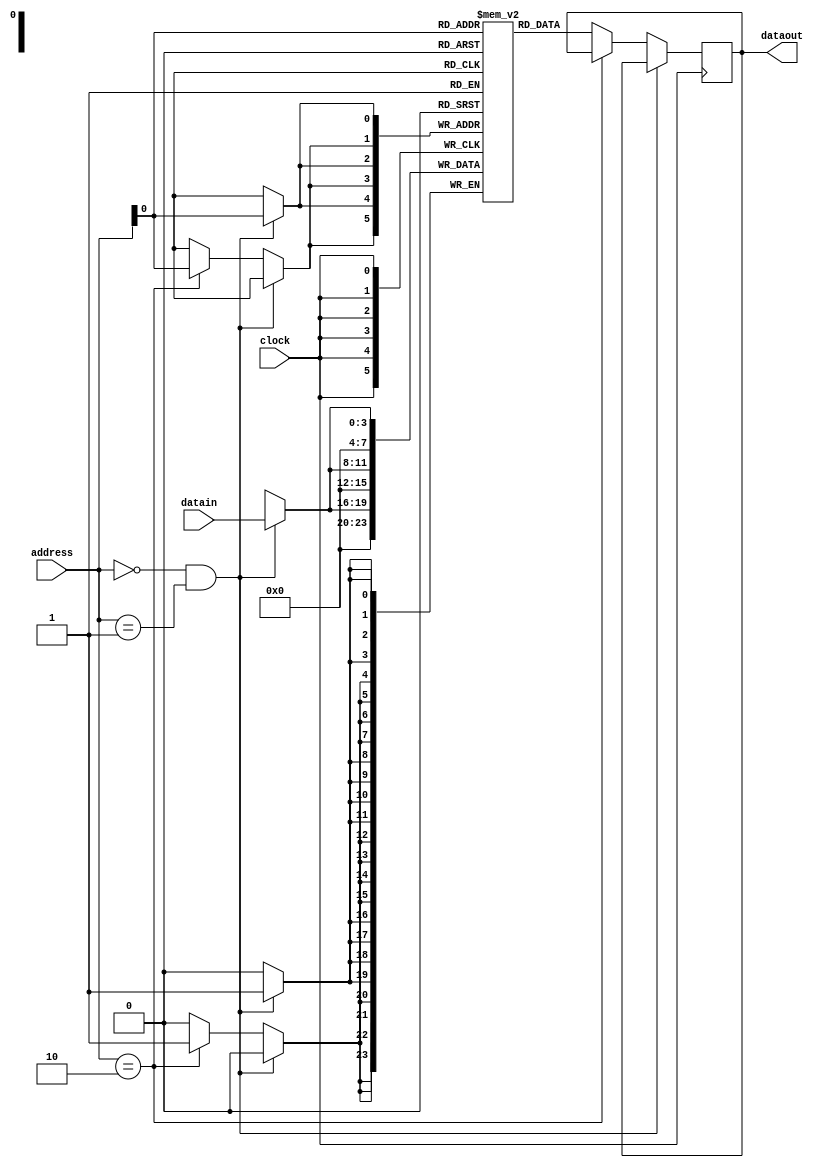
//Loops in verilog
//for loop is usually supported for synthesis. Synthesis implements the loop by unrolling them based on index

module regfile(datain,clock,address,dataout);
input [3:0] datain;
input [1:0] address;
input clock;
output [3:0] dataout;
reg [3:0] dataout;
reg [3:0] regfile [1:0];
integer i;
initial
begin
  dataout <= 4'd0;
end

always @ (posedge clock)
begin
for (i = 0; i < 3; i= i + 1)
if (address == 0 && address == 1)
  regfile[address] <= datain;
else if (address == 2)
  regfile[address] <= 0;
else 
  dataout <= regfile[address];
end
endmodule

//The code above will get synthesized as combinational logic (for 'FOR LOOP') followed by register to store/retrieve the data.